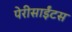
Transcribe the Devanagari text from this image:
पेरीसाईंटस